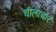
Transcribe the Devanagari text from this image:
चीलाचार